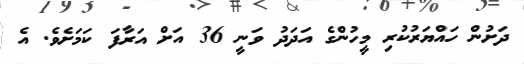
ދަށުން ހައްޔަރުކުރި މީހުންގެ އަދަދު ވަނީ 36 އަށް އަރާފަ ކަމަށެވެ. އެ